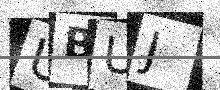
Text: UBUJ